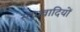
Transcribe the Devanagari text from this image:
स्तूपवादियों